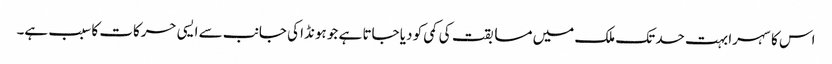
اس کا سہرا بہت حد تک ملک میں مسابقت کی کمی کو دیا جاتا ہے جو ہونڈا کی جانب سے ایسی حرکات کا سبب ہے۔